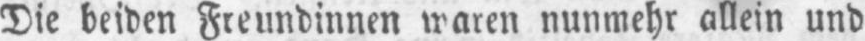
nunmehr allein und